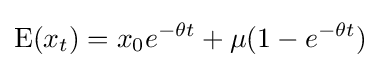
\operatorname {E} (x_{t})=x_{0}e^{-\theta t}+\mu (1-e^{-\theta t})\!\